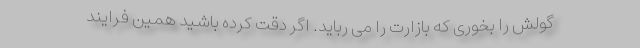
گولش را بخوری که بازارت را می رباید. اگر دقت کرده باشید همین فرایند